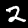
Label: 2